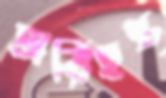
অরিহন্ত